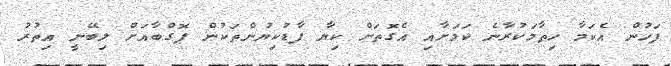
ފަހުން އެކަމާ ހިތާމަކުރާނެ ކަމަށާއި އެގޮތަށް ކިޔާ ފާޑުކިޔުންތަކުން ޕޮގްބާއަށް ލިބޭނީ އިތުރު